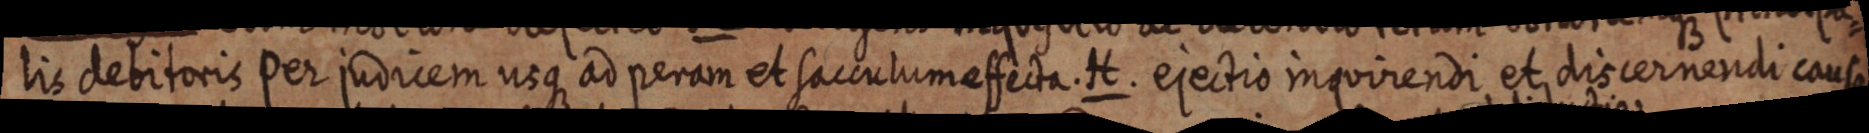
lis debitoris per judicem usque ad peram et sacculum effecta. H. ejectio inquirendi et discernendi causa